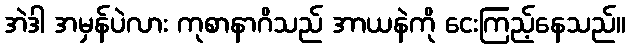
အဲဒါ အမှန်ပဲလား ကုစာနာဂိသည် အာယနဲကို ငေးကြည့်နေသည်။